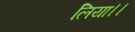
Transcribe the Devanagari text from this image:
लिया।।